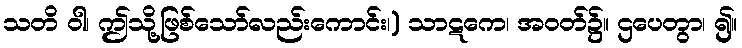
သတိ ဝါ၊ ဤသို့ဖြစ်သော်လည်းကောင်း၊) သာဋကေ၊ အဝတ်၌။ ဌပေတွာ၊ ၍။